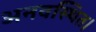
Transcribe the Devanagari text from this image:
अनवस्थित।